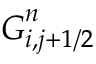
\boldsymbol { G } _ { i , j + 1 / 2 } ^ { n }